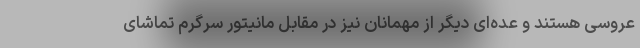
عروسی هستند و عده‌ای دیگر از مهمانان نیز در مقابل مانیتور سرگرم تماشای